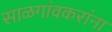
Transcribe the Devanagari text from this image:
साळगांवकरांना